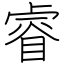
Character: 睿